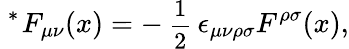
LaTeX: \mathrm{\mathrm{}~^{*}\! ~}F_{\mu\nu}(x)=-\mathrm{\small~\frac{1}{2}~}\epsilon_{\mu\nu\rho\sigma}F^{\rho\sigma}(x),